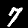
Label: 7